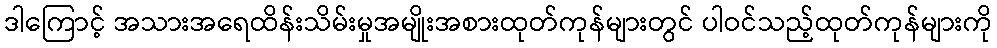
ဒါကြောင့် အသားအရေထိန်းသိမ်းမှုအမျိုးအစားထုတ်ကုန်များတွင် ပါဝင်သည့်ထုတ်ကုန်များကို